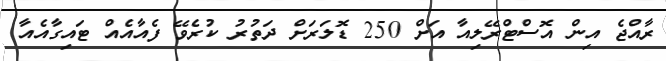
ރާއްޖެ އިން އޮސްޓްރޭލިއާ އަށް 250 ޑޮލަރަށް ދަތުރު ކުރެވޭ ފެއާއެއް ޓައިގާއެއާ